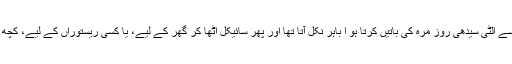
اور اپنی فائلیں بند کر کے اپنی میز سے اٹھ کر دوسرے لوگوں سے الٹی سیدھی روز مرہ کی باتیں کرتا ہو ا باہر نکل آتا تھا اور پھر سائیکل اٹھا کر گھر کے لیے، یا کسی ریستوراں کے لیے، کچھ خریدنے کے لیے یا وندنا سے ملنے کے لیے روانہ ہو جاتا تھا۔